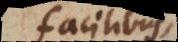
facilibus,